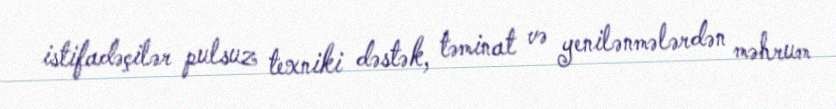
istifadəçilər pulsuz texniki dəstək, təminat və yenilənmələrdən məhrum